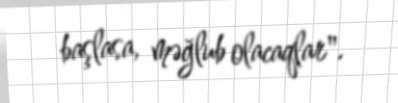
başlasa, məğlub olacaqlar".